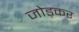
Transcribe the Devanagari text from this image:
जोड्कर